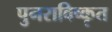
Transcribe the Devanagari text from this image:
पुनराविष्कृत